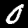
Digit: 0